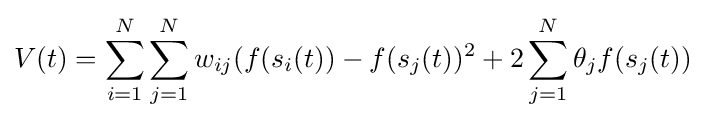
V(t)=\sum _{i=1}^{N}\sum _{j=1}^{N}w_{ij}(f(s_{i}(t))-f(s_{j}(t))^{2}+2\sum _{j=1}^{N}\theta _{j}f(s_{j}(t))